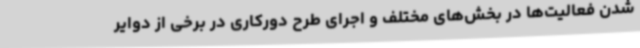
شدن فعالیت‌ها در بخش‌های مختلف و اجرای طرح دورکاری در برخی از دوایر